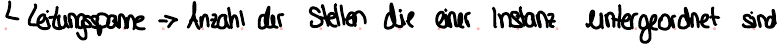
Leistungsspanne -> Anzahl der Stellen die einer Instanz untergeordnet sind